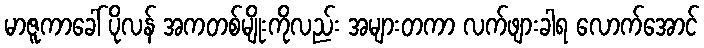
မာဇူကာခေါ် ပိုလန် အကတစ်မျိုးကိုလည်း အများတကာ လက်ဖျားခါရ လောက်အောင်